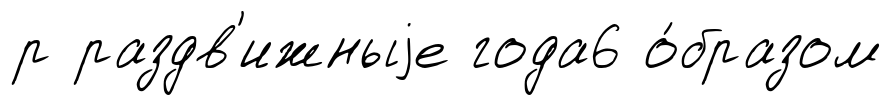
р раздв'ижныjе года6 о́бразом